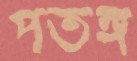
পতঙ্গ